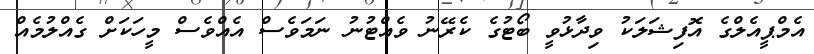
އެމްޕީއެލްގެ އޮފިޝަލަކު ވިދާޅުވީ ބޯޓުގެ ކެރޭނު ވެއްޓުނު ނަމަވެސް އެއްވެސް މީހަކަށް ގެއްލުމެއް